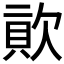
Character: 𣣬